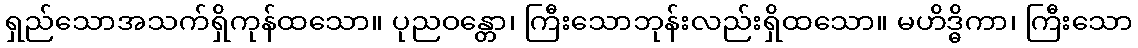
ရှည်သောအသက်ရှိကုန်ထသော။ ပုညဝန္တော၊ ကြီးသောဘုန်းလည်းရှိထသော။ မဟိဒ္ဓိကာ၊ ကြီးသော